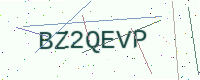
Text: BZ2QEVP